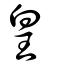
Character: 皇